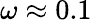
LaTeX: \omega\approx 0.1